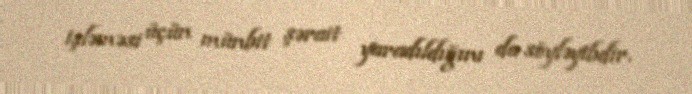
işləməsi üçün münbit şərait yaradıldığını da söyləyibdir.